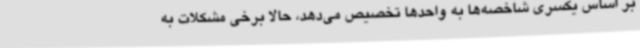
بر اساس یکسری شاخصه‌ها به واحدها تخصیص می‌دهد، حالا برخی مشکلات به